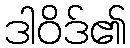
ဒါဝိဒ်၏